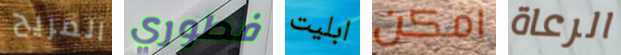
المريح فطوري ابليت امكن الرعاة